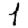
Digit: 1